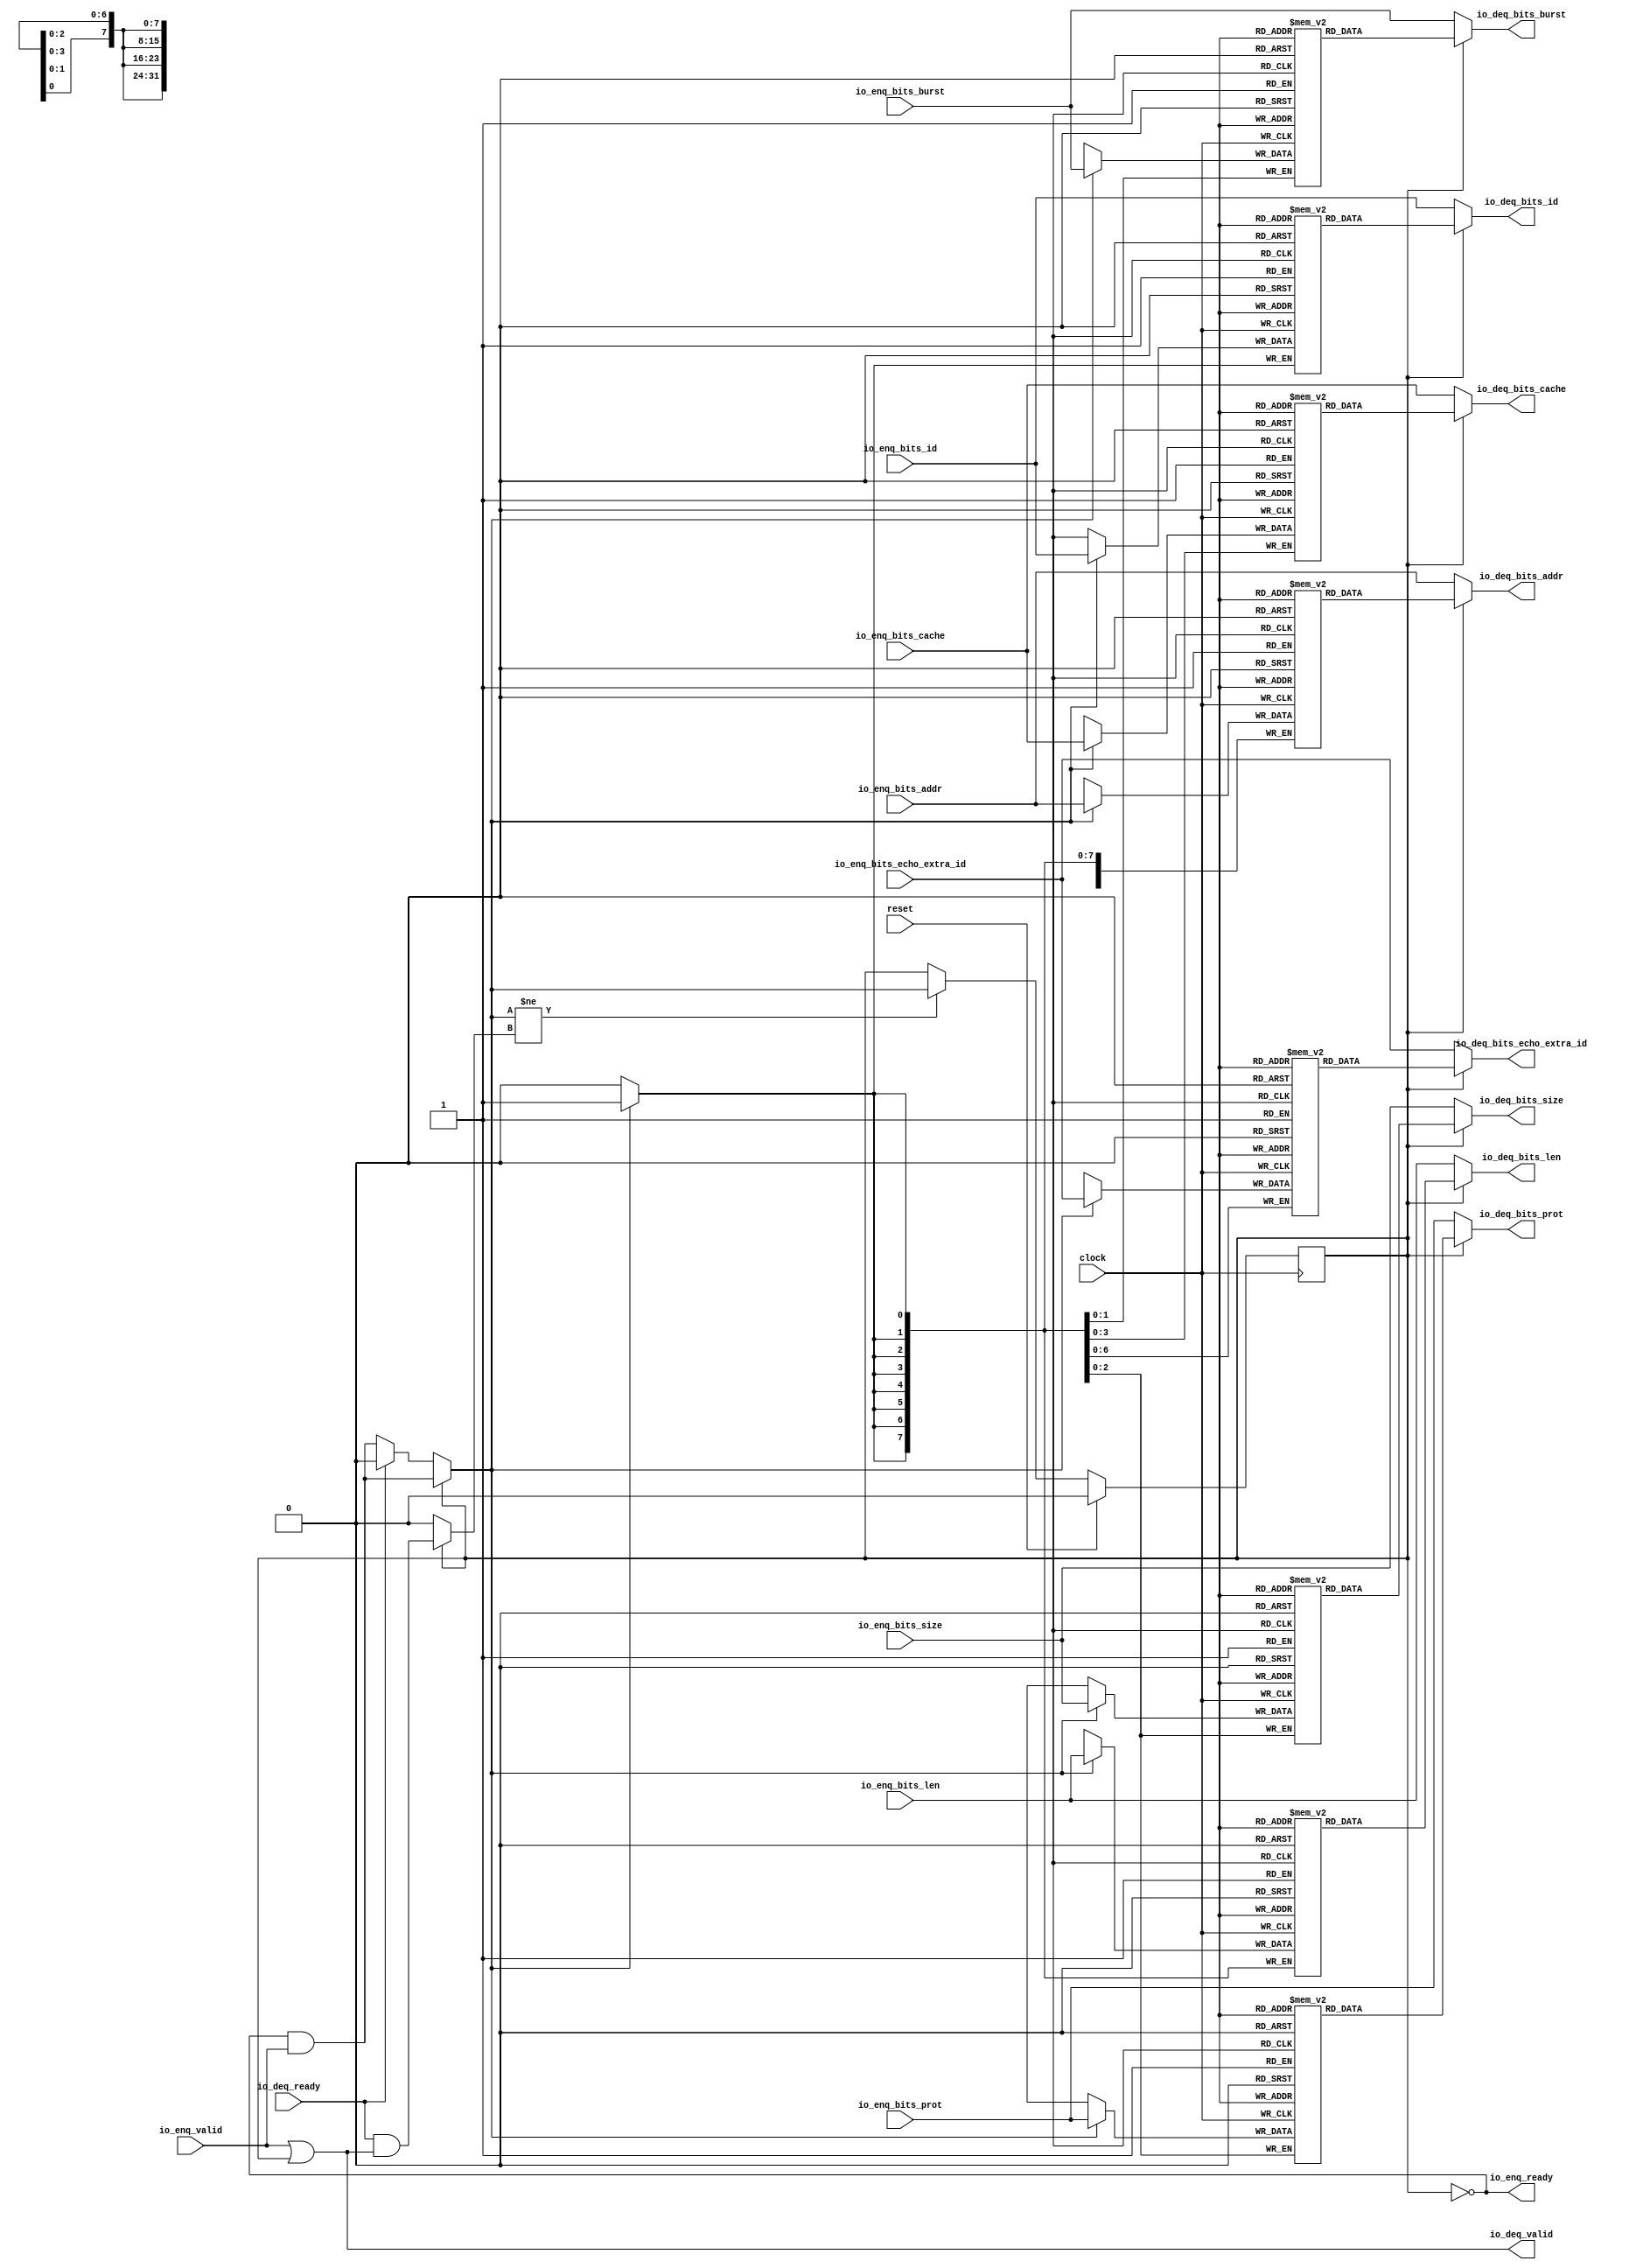
module Queue_18( // @[:freechips.rocketchip.system.DefaultRV32Config.fir@40888.2]
  input         clock, // @[:freechips.rocketchip.system.DefaultRV32Config.fir@40889.4]
  input         reset, // @[:freechips.rocketchip.system.DefaultRV32Config.fir@40890.4]
  output        io_enq_ready, // @[:freechips.rocketchip.system.DefaultRV32Config.fir@40891.4]
  input         io_enq_valid, // @[:freechips.rocketchip.system.DefaultRV32Config.fir@40891.4]
  input         io_enq_bits_id, // @[:freechips.rocketchip.system.DefaultRV32Config.fir@40891.4]
  input  [31:0] io_enq_bits_addr, // @[:freechips.rocketchip.system.DefaultRV32Config.fir@40891.4]
  input  [7:0]  io_enq_bits_len, // @[:freechips.rocketchip.system.DefaultRV32Config.fir@40891.4]
  input  [2:0]  io_enq_bits_size, // @[:freechips.rocketchip.system.DefaultRV32Config.fir@40891.4]
  input  [1:0]  io_enq_bits_burst, // @[:freechips.rocketchip.system.DefaultRV32Config.fir@40891.4]
  input  [3:0]  io_enq_bits_cache, // @[:freechips.rocketchip.system.DefaultRV32Config.fir@40891.4]
  input  [2:0]  io_enq_bits_prot, // @[:freechips.rocketchip.system.DefaultRV32Config.fir@40891.4]
  input  [6:0]  io_enq_bits_echo_extra_id, // @[:freechips.rocketchip.system.DefaultRV32Config.fir@40891.4]
  input         io_deq_ready, // @[:freechips.rocketchip.system.DefaultRV32Config.fir@40891.4]
  output        io_deq_valid, // @[:freechips.rocketchip.system.DefaultRV32Config.fir@40891.4]
  output        io_deq_bits_id, // @[:freechips.rocketchip.system.DefaultRV32Config.fir@40891.4]
  output [31:0] io_deq_bits_addr, // @[:freechips.rocketchip.system.DefaultRV32Config.fir@40891.4]
  output [7:0]  io_deq_bits_len, // @[:freechips.rocketchip.system.DefaultRV32Config.fir@40891.4]
  output [2:0]  io_deq_bits_size, // @[:freechips.rocketchip.system.DefaultRV32Config.fir@40891.4]
  output [1:0]  io_deq_bits_burst, // @[:freechips.rocketchip.system.DefaultRV32Config.fir@40891.4]
  output [3:0]  io_deq_bits_cache, // @[:freechips.rocketchip.system.DefaultRV32Config.fir@40891.4]
  output [2:0]  io_deq_bits_prot, // @[:freechips.rocketchip.system.DefaultRV32Config.fir@40891.4]
  output [6:0]  io_deq_bits_echo_extra_id // @[:freechips.rocketchip.system.DefaultRV32Config.fir@40891.4]
);
`ifdef RANDOMIZE_MEM_INIT
  reg [31:0] _RAND_0;
  reg [31:0] _RAND_1;
  reg [31:0] _RAND_2;
  reg [31:0] _RAND_3;
  reg [31:0] _RAND_4;
  reg [31:0] _RAND_5;
  reg [31:0] _RAND_6;
  reg [31:0] _RAND_7;
`endif // RANDOMIZE_MEM_INIT
`ifdef RANDOMIZE_REG_INIT
  reg [31:0] _RAND_8;
`endif // RANDOMIZE_REG_INIT
  reg  ram_id [0:0]; // @[Decoupled.scala 209:16:freechips.rocketchip.system.DefaultRV32Config.fir@40893.4]
  wire  ram_id__T_7_data; // @[Decoupled.scala 209:16:freechips.rocketchip.system.DefaultRV32Config.fir@40893.4]
  wire  ram_id__T_7_addr; // @[Decoupled.scala 209:16:freechips.rocketchip.system.DefaultRV32Config.fir@40893.4]
  wire  ram_id__T_3_data; // @[Decoupled.scala 209:16:freechips.rocketchip.system.DefaultRV32Config.fir@40893.4]
  wire  ram_id__T_3_addr; // @[Decoupled.scala 209:16:freechips.rocketchip.system.DefaultRV32Config.fir@40893.4]
  wire  ram_id__T_3_mask; // @[Decoupled.scala 209:16:freechips.rocketchip.system.DefaultRV32Config.fir@40893.4]
  wire  ram_id__T_3_en; // @[Decoupled.scala 209:16:freechips.rocketchip.system.DefaultRV32Config.fir@40893.4]
  reg [31:0] ram_addr [0:0]; // @[Decoupled.scala 209:16:freechips.rocketchip.system.DefaultRV32Config.fir@40893.4]
  wire [31:0] ram_addr__T_7_data; // @[Decoupled.scala 209:16:freechips.rocketchip.system.DefaultRV32Config.fir@40893.4]
  wire  ram_addr__T_7_addr; // @[Decoupled.scala 209:16:freechips.rocketchip.system.DefaultRV32Config.fir@40893.4]
  wire [31:0] ram_addr__T_3_data; // @[Decoupled.scala 209:16:freechips.rocketchip.system.DefaultRV32Config.fir@40893.4]
  wire  ram_addr__T_3_addr; // @[Decoupled.scala 209:16:freechips.rocketchip.system.DefaultRV32Config.fir@40893.4]
  wire  ram_addr__T_3_mask; // @[Decoupled.scala 209:16:freechips.rocketchip.system.DefaultRV32Config.fir@40893.4]
  wire  ram_addr__T_3_en; // @[Decoupled.scala 209:16:freechips.rocketchip.system.DefaultRV32Config.fir@40893.4]
  reg [7:0] ram_len [0:0]; // @[Decoupled.scala 209:16:freechips.rocketchip.system.DefaultRV32Config.fir@40893.4]
  wire [7:0] ram_len__T_7_data; // @[Decoupled.scala 209:16:freechips.rocketchip.system.DefaultRV32Config.fir@40893.4]
  wire  ram_len__T_7_addr; // @[Decoupled.scala 209:16:freechips.rocketchip.system.DefaultRV32Config.fir@40893.4]
  wire [7:0] ram_len__T_3_data; // @[Decoupled.scala 209:16:freechips.rocketchip.system.DefaultRV32Config.fir@40893.4]
  wire  ram_len__T_3_addr; // @[Decoupled.scala 209:16:freechips.rocketchip.system.DefaultRV32Config.fir@40893.4]
  wire  ram_len__T_3_mask; // @[Decoupled.scala 209:16:freechips.rocketchip.system.DefaultRV32Config.fir@40893.4]
  wire  ram_len__T_3_en; // @[Decoupled.scala 209:16:freechips.rocketchip.system.DefaultRV32Config.fir@40893.4]
  reg [2:0] ram_size [0:0]; // @[Decoupled.scala 209:16:freechips.rocketchip.system.DefaultRV32Config.fir@40893.4]
  wire [2:0] ram_size__T_7_data; // @[Decoupled.scala 209:16:freechips.rocketchip.system.DefaultRV32Config.fir@40893.4]
  wire  ram_size__T_7_addr; // @[Decoupled.scala 209:16:freechips.rocketchip.system.DefaultRV32Config.fir@40893.4]
  wire [2:0] ram_size__T_3_data; // @[Decoupled.scala 209:16:freechips.rocketchip.system.DefaultRV32Config.fir@40893.4]
  wire  ram_size__T_3_addr; // @[Decoupled.scala 209:16:freechips.rocketchip.system.DefaultRV32Config.fir@40893.4]
  wire  ram_size__T_3_mask; // @[Decoupled.scala 209:16:freechips.rocketchip.system.DefaultRV32Config.fir@40893.4]
  wire  ram_size__T_3_en; // @[Decoupled.scala 209:16:freechips.rocketchip.system.DefaultRV32Config.fir@40893.4]
  reg [1:0] ram_burst [0:0]; // @[Decoupled.scala 209:16:freechips.rocketchip.system.DefaultRV32Config.fir@40893.4]
  wire [1:0] ram_burst__T_7_data; // @[Decoupled.scala 209:16:freechips.rocketchip.system.DefaultRV32Config.fir@40893.4]
  wire  ram_burst__T_7_addr; // @[Decoupled.scala 209:16:freechips.rocketchip.system.DefaultRV32Config.fir@40893.4]
  wire [1:0] ram_burst__T_3_data; // @[Decoupled.scala 209:16:freechips.rocketchip.system.DefaultRV32Config.fir@40893.4]
  wire  ram_burst__T_3_addr; // @[Decoupled.scala 209:16:freechips.rocketchip.system.DefaultRV32Config.fir@40893.4]
  wire  ram_burst__T_3_mask; // @[Decoupled.scala 209:16:freechips.rocketchip.system.DefaultRV32Config.fir@40893.4]
  wire  ram_burst__T_3_en; // @[Decoupled.scala 209:16:freechips.rocketchip.system.DefaultRV32Config.fir@40893.4]
  reg [3:0] ram_cache [0:0]; // @[Decoupled.scala 209:16:freechips.rocketchip.system.DefaultRV32Config.fir@40893.4]
  wire [3:0] ram_cache__T_7_data; // @[Decoupled.scala 209:16:freechips.rocketchip.system.DefaultRV32Config.fir@40893.4]
  wire  ram_cache__T_7_addr; // @[Decoupled.scala 209:16:freechips.rocketchip.system.DefaultRV32Config.fir@40893.4]
  wire [3:0] ram_cache__T_3_data; // @[Decoupled.scala 209:16:freechips.rocketchip.system.DefaultRV32Config.fir@40893.4]
  wire  ram_cache__T_3_addr; // @[Decoupled.scala 209:16:freechips.rocketchip.system.DefaultRV32Config.fir@40893.4]
  wire  ram_cache__T_3_mask; // @[Decoupled.scala 209:16:freechips.rocketchip.system.DefaultRV32Config.fir@40893.4]
  wire  ram_cache__T_3_en; // @[Decoupled.scala 209:16:freechips.rocketchip.system.DefaultRV32Config.fir@40893.4]
  reg [2:0] ram_prot [0:0]; // @[Decoupled.scala 209:16:freechips.rocketchip.system.DefaultRV32Config.fir@40893.4]
  wire [2:0] ram_prot__T_7_data; // @[Decoupled.scala 209:16:freechips.rocketchip.system.DefaultRV32Config.fir@40893.4]
  wire  ram_prot__T_7_addr; // @[Decoupled.scala 209:16:freechips.rocketchip.system.DefaultRV32Config.fir@40893.4]
  wire [2:0] ram_prot__T_3_data; // @[Decoupled.scala 209:16:freechips.rocketchip.system.DefaultRV32Config.fir@40893.4]
  wire  ram_prot__T_3_addr; // @[Decoupled.scala 209:16:freechips.rocketchip.system.DefaultRV32Config.fir@40893.4]
  wire  ram_prot__T_3_mask; // @[Decoupled.scala 209:16:freechips.rocketchip.system.DefaultRV32Config.fir@40893.4]
  wire  ram_prot__T_3_en; // @[Decoupled.scala 209:16:freechips.rocketchip.system.DefaultRV32Config.fir@40893.4]
  reg [6:0] ram_echo_extra_id [0:0]; // @[Decoupled.scala 209:16:freechips.rocketchip.system.DefaultRV32Config.fir@40893.4]
  wire [6:0] ram_echo_extra_id__T_7_data; // @[Decoupled.scala 209:16:freechips.rocketchip.system.DefaultRV32Config.fir@40893.4]
  wire  ram_echo_extra_id__T_7_addr; // @[Decoupled.scala 209:16:freechips.rocketchip.system.DefaultRV32Config.fir@40893.4]
  wire [6:0] ram_echo_extra_id__T_3_data; // @[Decoupled.scala 209:16:freechips.rocketchip.system.DefaultRV32Config.fir@40893.4]
  wire  ram_echo_extra_id__T_3_addr; // @[Decoupled.scala 209:16:freechips.rocketchip.system.DefaultRV32Config.fir@40893.4]
  wire  ram_echo_extra_id__T_3_mask; // @[Decoupled.scala 209:16:freechips.rocketchip.system.DefaultRV32Config.fir@40893.4]
  wire  ram_echo_extra_id__T_3_en; // @[Decoupled.scala 209:16:freechips.rocketchip.system.DefaultRV32Config.fir@40893.4]
  reg  maybe_full; // @[Decoupled.scala 212:27:freechips.rocketchip.system.DefaultRV32Config.fir@40894.4]
  wire  empty; // @[Decoupled.scala 215:28:freechips.rocketchip.system.DefaultRV32Config.fir@40896.4]
  wire  _T_1; // @[Decoupled.scala 40:37:freechips.rocketchip.system.DefaultRV32Config.fir@40899.4]
  wire  _T_2; // @[Decoupled.scala 40:37:freechips.rocketchip.system.DefaultRV32Config.fir@40902.4]
  wire  _GEN_16; // @[Decoupled.scala 240:27:freechips.rocketchip.system.DefaultRV32Config.fir@40954.6]
  wire  do_enq; // @[Decoupled.scala 237:18:freechips.rocketchip.system.DefaultRV32Config.fir@40942.4]
  wire  do_deq; // @[Decoupled.scala 237:18:freechips.rocketchip.system.DefaultRV32Config.fir@40942.4]
  wire  _T_4; // @[Decoupled.scala 227:16:freechips.rocketchip.system.DefaultRV32Config.fir@40920.4]
  wire  _T_5; // @[Decoupled.scala 231:19:freechips.rocketchip.system.DefaultRV32Config.fir@40924.4]
  assign ram_id__T_7_addr = 1'h0;
  assign ram_id__T_7_data = ram_id[ram_id__T_7_addr]; // @[Decoupled.scala 209:16:freechips.rocketchip.system.DefaultRV32Config.fir@40893.4]
  assign ram_id__T_3_data = io_enq_bits_id;
  assign ram_id__T_3_addr = 1'h0;
  assign ram_id__T_3_mask = 1'h1;
  assign ram_id__T_3_en = empty ? _GEN_16 : _T_1;
  assign ram_addr__T_7_addr = 1'h0;
  assign ram_addr__T_7_data = ram_addr[ram_addr__T_7_addr]; // @[Decoupled.scala 209:16:freechips.rocketchip.system.DefaultRV32Config.fir@40893.4]
  assign ram_addr__T_3_data = io_enq_bits_addr;
  assign ram_addr__T_3_addr = 1'h0;
  assign ram_addr__T_3_mask = 1'h1;
  assign ram_addr__T_3_en = empty ? _GEN_16 : _T_1;
  assign ram_len__T_7_addr = 1'h0;
  assign ram_len__T_7_data = ram_len[ram_len__T_7_addr]; // @[Decoupled.scala 209:16:freechips.rocketchip.system.DefaultRV32Config.fir@40893.4]
  assign ram_len__T_3_data = io_enq_bits_len;
  assign ram_len__T_3_addr = 1'h0;
  assign ram_len__T_3_mask = 1'h1;
  assign ram_len__T_3_en = empty ? _GEN_16 : _T_1;
  assign ram_size__T_7_addr = 1'h0;
  assign ram_size__T_7_data = ram_size[ram_size__T_7_addr]; // @[Decoupled.scala 209:16:freechips.rocketchip.system.DefaultRV32Config.fir@40893.4]
  assign ram_size__T_3_data = io_enq_bits_size;
  assign ram_size__T_3_addr = 1'h0;
  assign ram_size__T_3_mask = 1'h1;
  assign ram_size__T_3_en = empty ? _GEN_16 : _T_1;
  assign ram_burst__T_7_addr = 1'h0;
  assign ram_burst__T_7_data = ram_burst[ram_burst__T_7_addr]; // @[Decoupled.scala 209:16:freechips.rocketchip.system.DefaultRV32Config.fir@40893.4]
  assign ram_burst__T_3_data = io_enq_bits_burst;
  assign ram_burst__T_3_addr = 1'h0;
  assign ram_burst__T_3_mask = 1'h1;
  assign ram_burst__T_3_en = empty ? _GEN_16 : _T_1;
  assign ram_cache__T_7_addr = 1'h0;
  assign ram_cache__T_7_data = ram_cache[ram_cache__T_7_addr]; // @[Decoupled.scala 209:16:freechips.rocketchip.system.DefaultRV32Config.fir@40893.4]
  assign ram_cache__T_3_data = io_enq_bits_cache;
  assign ram_cache__T_3_addr = 1'h0;
  assign ram_cache__T_3_mask = 1'h1;
  assign ram_cache__T_3_en = empty ? _GEN_16 : _T_1;
  assign ram_prot__T_7_addr = 1'h0;
  assign ram_prot__T_7_data = ram_prot[ram_prot__T_7_addr]; // @[Decoupled.scala 209:16:freechips.rocketchip.system.DefaultRV32Config.fir@40893.4]
  assign ram_prot__T_3_data = io_enq_bits_prot;
  assign ram_prot__T_3_addr = 1'h0;
  assign ram_prot__T_3_mask = 1'h1;
  assign ram_prot__T_3_en = empty ? _GEN_16 : _T_1;
  assign ram_echo_extra_id__T_7_addr = 1'h0;
  assign ram_echo_extra_id__T_7_data = ram_echo_extra_id[ram_echo_extra_id__T_7_addr]; // @[Decoupled.scala 209:16:freechips.rocketchip.system.DefaultRV32Config.fir@40893.4]
  assign ram_echo_extra_id__T_3_data = io_enq_bits_echo_extra_id;
  assign ram_echo_extra_id__T_3_addr = 1'h0;
  assign ram_echo_extra_id__T_3_mask = 1'h1;
  assign ram_echo_extra_id__T_3_en = empty ? _GEN_16 : _T_1;
  assign empty = ~maybe_full; // @[Decoupled.scala 215:28:freechips.rocketchip.system.DefaultRV32Config.fir@40896.4]
  assign _T_1 = io_enq_ready & io_enq_valid; // @[Decoupled.scala 40:37:freechips.rocketchip.system.DefaultRV32Config.fir@40899.4]
  assign _T_2 = io_deq_ready & io_deq_valid; // @[Decoupled.scala 40:37:freechips.rocketchip.system.DefaultRV32Config.fir@40902.4]
  assign _GEN_16 = io_deq_ready ? 1'h0 : _T_1; // @[Decoupled.scala 240:27:freechips.rocketchip.system.DefaultRV32Config.fir@40954.6]
  assign do_enq = empty ? _GEN_16 : _T_1; // @[Decoupled.scala 237:18:freechips.rocketchip.system.DefaultRV32Config.fir@40942.4]
  assign do_deq = empty ? 1'h0 : _T_2; // @[Decoupled.scala 237:18:freechips.rocketchip.system.DefaultRV32Config.fir@40942.4]
  assign _T_4 = do_enq != do_deq; // @[Decoupled.scala 227:16:freechips.rocketchip.system.DefaultRV32Config.fir@40920.4]
  assign _T_5 = ~empty; // @[Decoupled.scala 231:19:freechips.rocketchip.system.DefaultRV32Config.fir@40924.4]
  assign io_enq_ready = ~maybe_full; // @[Decoupled.scala 232:16:freechips.rocketchip.system.DefaultRV32Config.fir@40927.4]
  assign io_deq_valid = io_enq_valid | _T_5; // @[Decoupled.scala 231:16:freechips.rocketchip.system.DefaultRV32Config.fir@40925.4 Decoupled.scala 236:40:freechips.rocketchip.system.DefaultRV32Config.fir@40940.6]
  assign io_deq_bits_id = empty ? io_enq_bits_id : ram_id__T_7_data; // @[Decoupled.scala 233:15:freechips.rocketchip.system.DefaultRV32Config.fir@40938.4 Decoupled.scala 238:19:freechips.rocketchip.system.DefaultRV32Config.fir@40952.6]
  assign io_deq_bits_addr = empty ? io_enq_bits_addr : ram_addr__T_7_data; // @[Decoupled.scala 233:15:freechips.rocketchip.system.DefaultRV32Config.fir@40937.4 Decoupled.scala 238:19:freechips.rocketchip.system.DefaultRV32Config.fir@40951.6]
  assign io_deq_bits_len = empty ? io_enq_bits_len : ram_len__T_7_data; // @[Decoupled.scala 233:15:freechips.rocketchip.system.DefaultRV32Config.fir@40936.4 Decoupled.scala 238:19:freechips.rocketchip.system.DefaultRV32Config.fir@40950.6]
  assign io_deq_bits_size = empty ? io_enq_bits_size : ram_size__T_7_data; // @[Decoupled.scala 233:15:freechips.rocketchip.system.DefaultRV32Config.fir@40935.4 Decoupled.scala 238:19:freechips.rocketchip.system.DefaultRV32Config.fir@40949.6]
  assign io_deq_bits_burst = empty ? io_enq_bits_burst : ram_burst__T_7_data; // @[Decoupled.scala 233:15:freechips.rocketchip.system.DefaultRV32Config.fir@40934.4 Decoupled.scala 238:19:freechips.rocketchip.system.DefaultRV32Config.fir@40948.6]
  assign io_deq_bits_cache = empty ? io_enq_bits_cache : ram_cache__T_7_data; // @[Decoupled.scala 233:15:freechips.rocketchip.system.DefaultRV32Config.fir@40932.4 Decoupled.scala 238:19:freechips.rocketchip.system.DefaultRV32Config.fir@40946.6]
  assign io_deq_bits_prot = empty ? io_enq_bits_prot : ram_prot__T_7_data; // @[Decoupled.scala 233:15:freechips.rocketchip.system.DefaultRV32Config.fir@40931.4 Decoupled.scala 238:19:freechips.rocketchip.system.DefaultRV32Config.fir@40945.6]
  assign io_deq_bits_echo_extra_id = empty ? io_enq_bits_echo_extra_id : ram_echo_extra_id__T_7_data; // @[Decoupled.scala 233:15:freechips.rocketchip.system.DefaultRV32Config.fir@40929.4 Decoupled.scala 238:19:freechips.rocketchip.system.DefaultRV32Config.fir@40943.6]
`ifdef RANDOMIZE_GARBAGE_ASSIGN
`define RANDOMIZE
`endif
`ifdef RANDOMIZE_INVALID_ASSIGN
`define RANDOMIZE
`endif
`ifdef RANDOMIZE_REG_INIT
`define RANDOMIZE
`endif
`ifdef RANDOMIZE_MEM_INIT
`define RANDOMIZE
`endif
`ifndef RANDOM
`define RANDOM $random
`endif
`ifdef RANDOMIZE_MEM_INIT
  integer initvar;
`endif
`ifndef SYNTHESIS
`ifdef FIRRTL_BEFORE_INITIAL
`FIRRTL_BEFORE_INITIAL
`endif
initial begin
  `ifdef RANDOMIZE
    `ifdef INIT_RANDOM
      `INIT_RANDOM
    `endif
    `ifndef VERILATOR
      `ifdef RANDOMIZE_DELAY
        #`RANDOMIZE_DELAY begin end
      `else
        #0.002 begin end
      `endif
    `endif
`ifdef RANDOMIZE_MEM_INIT
  _RAND_0 = {1{`RANDOM}};
  for (initvar = 0; initvar < 1; initvar = initvar+1)
    ram_id[initvar] = _RAND_0[0:0];
  _RAND_1 = {1{`RANDOM}};
  for (initvar = 0; initvar < 1; initvar = initvar+1)
    ram_addr[initvar] = _RAND_1[31:0];
  _RAND_2 = {1{`RANDOM}};
  for (initvar = 0; initvar < 1; initvar = initvar+1)
    ram_len[initvar] = _RAND_2[7:0];
  _RAND_3 = {1{`RANDOM}};
  for (initvar = 0; initvar < 1; initvar = initvar+1)
    ram_size[initvar] = _RAND_3[2:0];
  _RAND_4 = {1{`RANDOM}};
  for (initvar = 0; initvar < 1; initvar = initvar+1)
    ram_burst[initvar] = _RAND_4[1:0];
  _RAND_5 = {1{`RANDOM}};
  for (initvar = 0; initvar < 1; initvar = initvar+1)
    ram_cache[initvar] = _RAND_5[3:0];
  _RAND_6 = {1{`RANDOM}};
  for (initvar = 0; initvar < 1; initvar = initvar+1)
    ram_prot[initvar] = _RAND_6[2:0];
  _RAND_7 = {1{`RANDOM}};
  for (initvar = 0; initvar < 1; initvar = initvar+1)
    ram_echo_extra_id[initvar] = _RAND_7[6:0];
`endif // RANDOMIZE_MEM_INIT
`ifdef RANDOMIZE_REG_INIT
  _RAND_8 = {1{`RANDOM}};
  maybe_full = _RAND_8[0:0];
`endif // RANDOMIZE_REG_INIT
  `endif // RANDOMIZE
end // initial
`ifdef FIRRTL_AFTER_INITIAL
`FIRRTL_AFTER_INITIAL
`endif
`endif // SYNTHESIS
  always @(posedge clock) begin
    if(ram_id__T_3_en & ram_id__T_3_mask) begin
      ram_id[ram_id__T_3_addr] <= ram_id__T_3_data; // @[Decoupled.scala 209:16:freechips.rocketchip.system.DefaultRV32Config.fir@40893.4]
    end
    if(ram_addr__T_3_en & ram_addr__T_3_mask) begin
      ram_addr[ram_addr__T_3_addr] <= ram_addr__T_3_data; // @[Decoupled.scala 209:16:freechips.rocketchip.system.DefaultRV32Config.fir@40893.4]
    end
    if(ram_len__T_3_en & ram_len__T_3_mask) begin
      ram_len[ram_len__T_3_addr] <= ram_len__T_3_data; // @[Decoupled.scala 209:16:freechips.rocketchip.system.DefaultRV32Config.fir@40893.4]
    end
    if(ram_size__T_3_en & ram_size__T_3_mask) begin
      ram_size[ram_size__T_3_addr] <= ram_size__T_3_data; // @[Decoupled.scala 209:16:freechips.rocketchip.system.DefaultRV32Config.fir@40893.4]
    end
    if(ram_burst__T_3_en & ram_burst__T_3_mask) begin
      ram_burst[ram_burst__T_3_addr] <= ram_burst__T_3_data; // @[Decoupled.scala 209:16:freechips.rocketchip.system.DefaultRV32Config.fir@40893.4]
    end
    if(ram_cache__T_3_en & ram_cache__T_3_mask) begin
      ram_cache[ram_cache__T_3_addr] <= ram_cache__T_3_data; // @[Decoupled.scala 209:16:freechips.rocketchip.system.DefaultRV32Config.fir@40893.4]
    end
    if(ram_prot__T_3_en & ram_prot__T_3_mask) begin
      ram_prot[ram_prot__T_3_addr] <= ram_prot__T_3_data; // @[Decoupled.scala 209:16:freechips.rocketchip.system.DefaultRV32Config.fir@40893.4]
    end
    if(ram_echo_extra_id__T_3_en & ram_echo_extra_id__T_3_mask) begin
      ram_echo_extra_id[ram_echo_extra_id__T_3_addr] <= ram_echo_extra_id__T_3_data; // @[Decoupled.scala 209:16:freechips.rocketchip.system.DefaultRV32Config.fir@40893.4]
    end
    if (reset) begin
      maybe_full <= 1'h0;
    end else if (_T_4) begin
      if (empty) begin
        if (io_deq_ready) begin
          maybe_full <= 1'h0;
        end else begin
          maybe_full <= _T_1;
        end
      end else begin
        maybe_full <= _T_1;
      end
    end
  end
endmodule